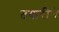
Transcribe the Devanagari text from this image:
तयारीचे